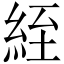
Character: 絰